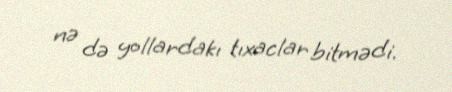
nə də yollardakı tıxaclar bitmədi.